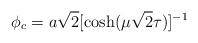
LaTeX: \begin{align*}\phi_c = a\sqrt2[{\cosh(\mu\sqrt2\tau)}]^{-1}\end{align*}